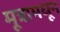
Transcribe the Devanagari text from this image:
मूत्रामधून